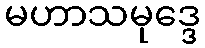
မဟာသမုဒ္ဒေ